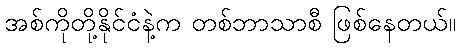
အစ်ကိုတို့နိုင်ငံနဲ့က တစ်ဘာသာစီ ဖြစ်နေတယ်။